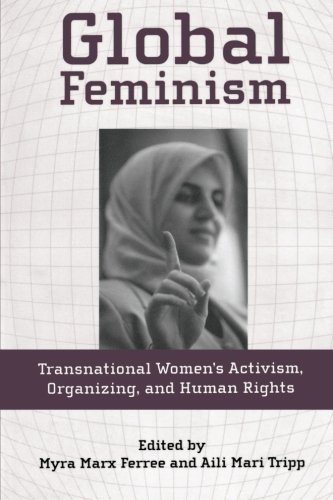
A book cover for Global Feminism: Transnational Women's Activism, Organizing, and Human Rights; Gay & Lesbian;